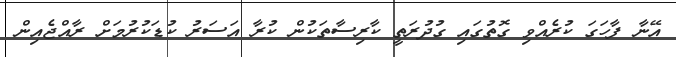
އޭނާ ފާހަގަ ކުރެއްވި ގޮތުގައި ގުދުރަތީ ކާރިސާތަކުން ކުރާ އަސަރު ކުޑަކުުރުމަށް ރާއްޖެއިން